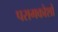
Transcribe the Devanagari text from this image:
परागकोशों